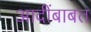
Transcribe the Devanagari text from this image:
आदींबाबत